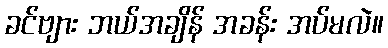
ခင်ဗျား ဘယ်အချိန် အခန်း အပ်မလဲ။